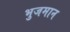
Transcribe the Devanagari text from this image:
भुजमान